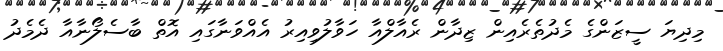
މިދިޔަ ސީޒަންގެ މެދުތެރެއިން ޒިދާން ރެއާލްއާ ހަވާލުވިއިރު އެއްވަނާގައި އޮތް ބާސެލޯނާއާ ދެމެދު